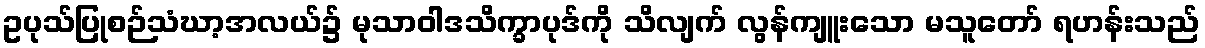
ဥပုသ်ပြုစဉ်သံဃာ့အလယ်၌ မုသာဝါဒသိက္ခာပုဒ်ကို သိလျက် လွန်ကျူးသော မသူတော် ရဟန်းသည်